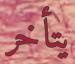
يتأخر